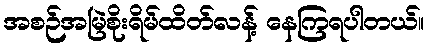
အစဉ်အမြဲစိုးရိမ်ထိတ်လန့် နေကြရပါတယ်။